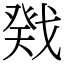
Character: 戣